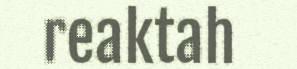
reaktah